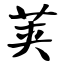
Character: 荚